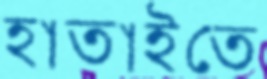
হাতাইতে